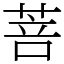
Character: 菩